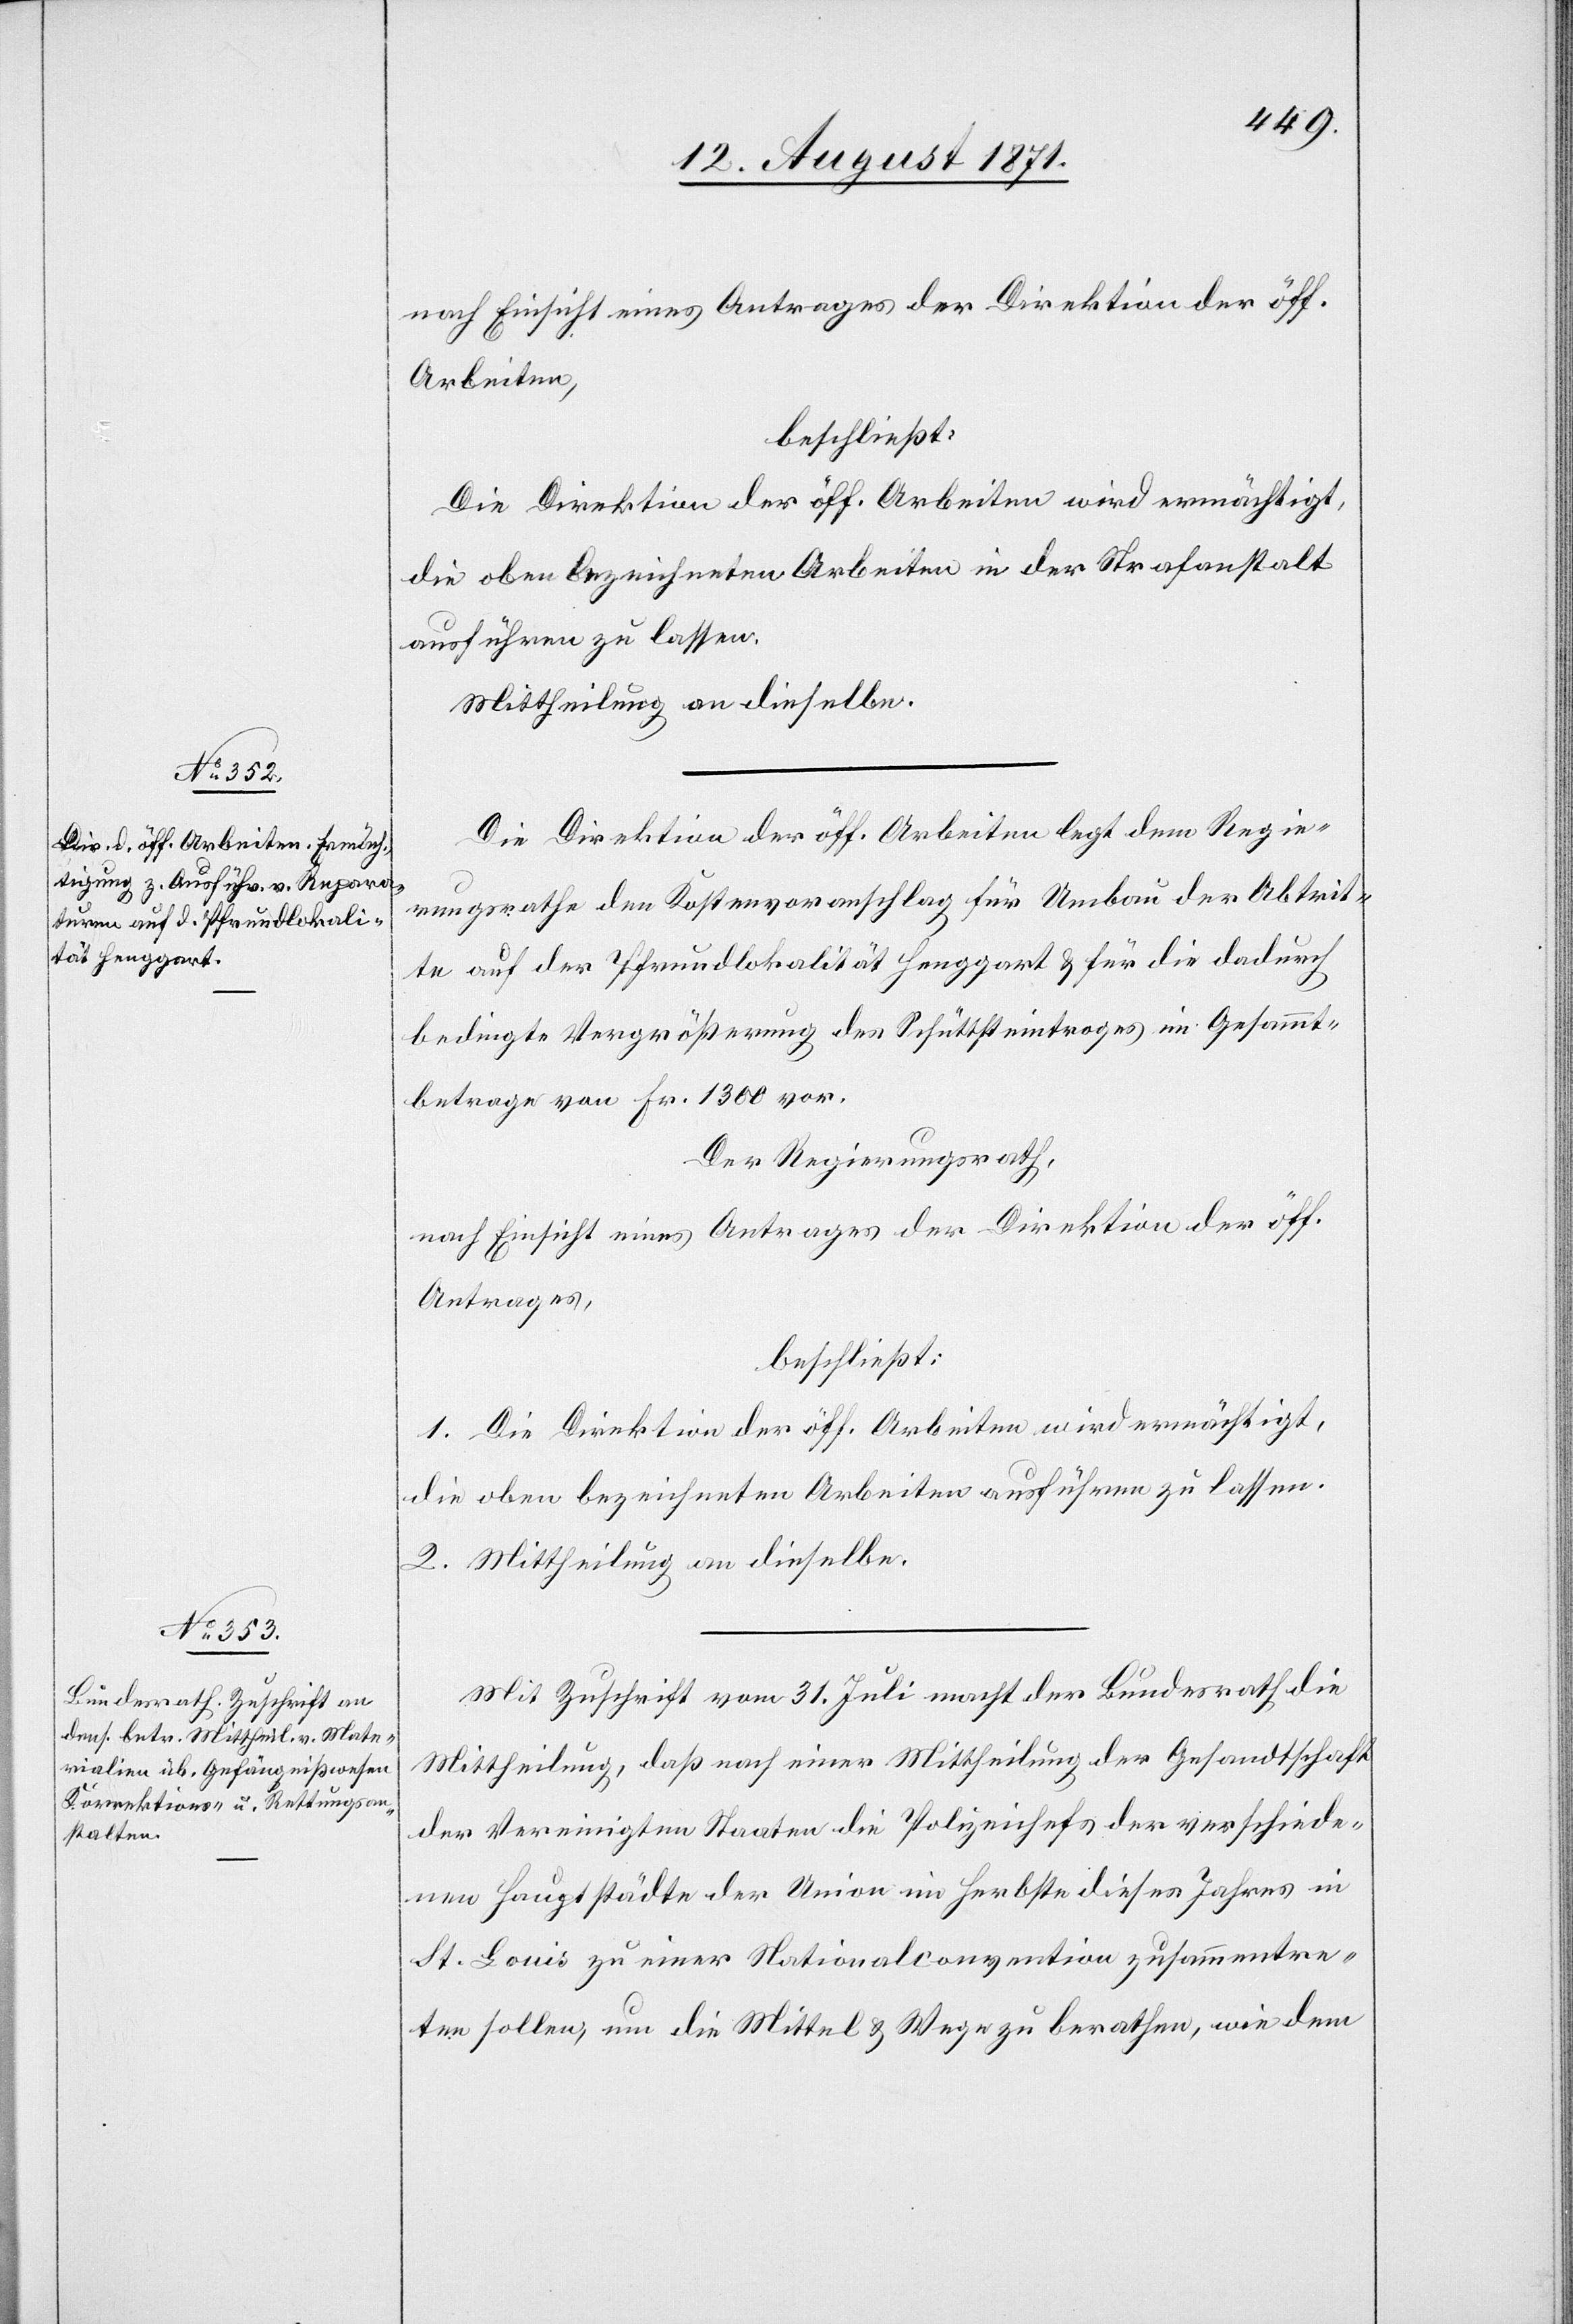
nach Einsicht eines Antrages der Direktion der öff.
Arbeiten],
beschließt:
Die Direktion der öff. Arbeiten wird ermächtigt,
die oben Bezeichneten Arbeiten in der Strafanstalt
ausführen zu lassen.
Mittheilung an dieselben.
Die Direktion der öff. Arbeiten legt dem Regie¬
rungsrathe den Kostenvoranschlag für Anbau der Abtrit¬
te auf der Pfrundlokalität Henggert & für die dadurch
bedingte Vergrößerung des Schüttsteintroges im Gesammt¬
betrage von Fr. 1300 vor.
Der Regierungsrath,
nach Einsicht eines Antrages der Direktion der öff.
Antrages
1. Die Direktion der öff. Arbeiten wird ermächtigt,
die oben bezeichneten Arbeiten ausführen zu lassen.
2. Mittheilung an dieselbe.
Mit Zuschrift vom 31. Juli macht der Bundesrath die
Mittheilung, daß nach einer Mittheilung der Gesandtschaft
der Vereinigten Staaten die Polizeichefs der verschiede¬
nen Hauptstädte der Union im Herbste dieses Jahres in
St. Louis zu einer Nationalconvention zusammentre¬
ten sollen, um die Mittel & Wege zu berathen, wie dem